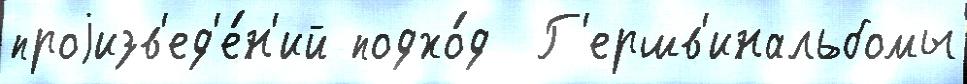
проjизв'ед'е́н'ий подхо́д  Г'ершв'инальбомы